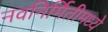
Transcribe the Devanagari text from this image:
नवनिर्मितीमध्‍ये